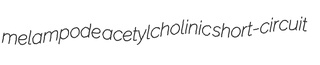
melampode acetylcholinic short-circuit